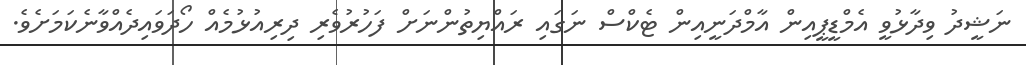
ނަޝީދު ވިދާޅުވީ އެމްޑީޕީއިން އާމްދަނީއިން ޓެކްސް ނަގައި ރައްޔިތުންނަށް ފަހުރުވެރި ދިރިއުޅުމެއް ހޯދަވައިދެއްވާނެކަމަށެވެ.